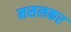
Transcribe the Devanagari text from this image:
मसलकर